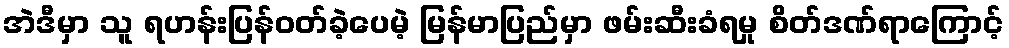
အဲဒီမှာ သူ ရဟန်းပြန်ဝတ်ခဲ့ပေမဲ့ မြန်မာပြည်မှာ ဖမ်းဆီးခံရမှု စိတ်ဒဏ်ရာကြောင့်